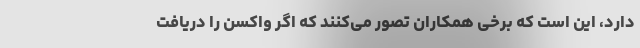
دارد، این است که برخی همکاران تصور می‌کنند که اگر واکسن را دریافت